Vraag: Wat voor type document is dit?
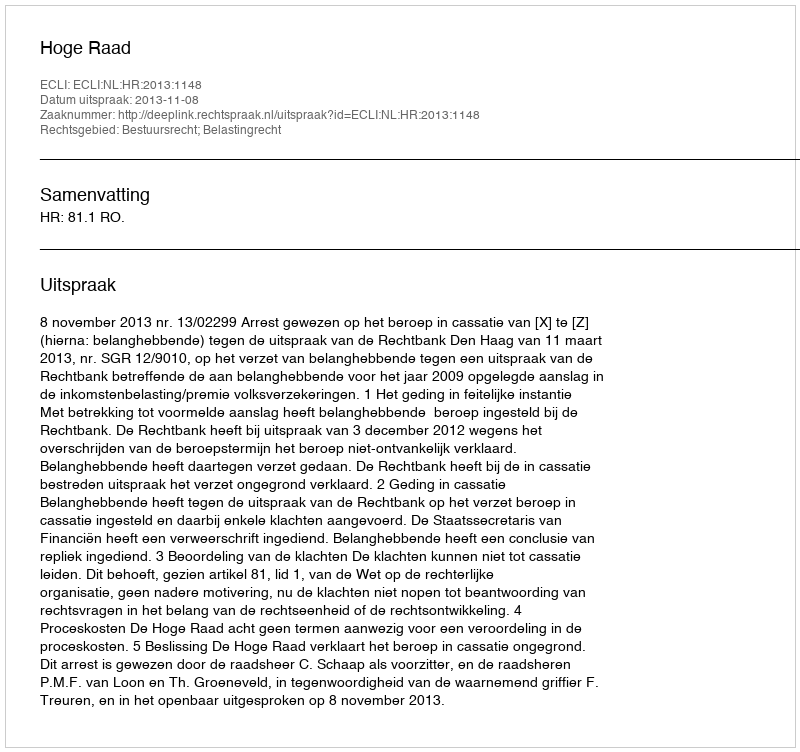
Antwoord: Uitspraak